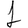
Digit: 1